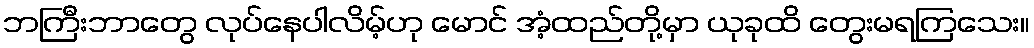
ဘကြီးဘာတွေ လုပ်နေပါလိမ့်ဟု မောင် အံ့ထည်တို့မှာ ယုခုထိ တွေးမရကြသေး။